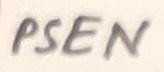
Text: PSEN